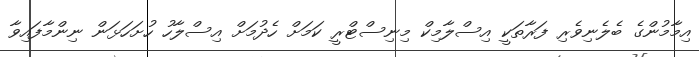
އިމާމުންގެ ބެލެނިވެރި ފަރާތަކީ އިސްލާމިކް މިނިސްޓްރީ ކަމަށް ހެދުމަށް އިސްލާހު ހުށަހަޅަން ނިންމާފައިވާ